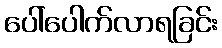
ပေါ်ပေါက်လာရခြင်း